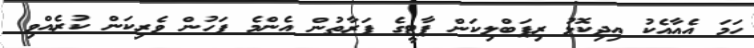
ހަމަ އެއާއެކު އިދިކޮޅު ރިޕަބްލިކަން ޕާޓީގެ ފަރާތުން އެންމެ ފަހުން ވެރިކަން ކުރެއްވި